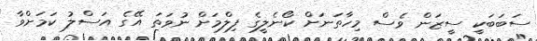
ސަބަބަކީ ސީޒަން ވެސް މިހާތަނަށް ކޯނެލީގެ ފިލްމަށް ނުވަތަ އޭގެ އަސްލު ކަމަށްވާ